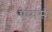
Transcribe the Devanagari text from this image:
ऐप्पसी